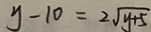
y - 1 0 = 2 \sqrt { y + 5 }